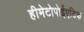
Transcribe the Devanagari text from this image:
हीमेटोपोईएटिक